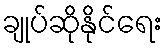
ချုပ်ဆိုနိုင်ရေး